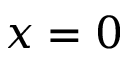
x = 0